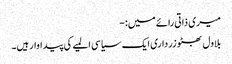
میری ذاتی رائے میں:-
بلاول بھٹو زرداری ایک سیاسی المیے کی پیداوار ہیں۔